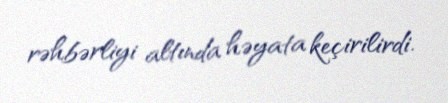
rəhbərliyi altında həyata keçirilirdi.